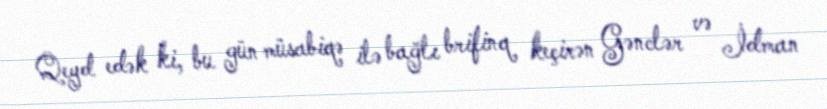
Qeyd edək ki, bu gün müsabiqə ilə bağlı brifinq keçirən Gənclər və İdman